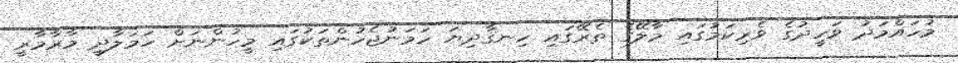
މުހައްމަދު ވަހީދުގެ ވެރިކަމުގައި މާލޭގެ ތެރޭގައި ހިނގާދިޔަ ހަމަނުޖެހުންތަކުގައި މީހުންނަށް ހަމަލާދީ މާރާމާރީ